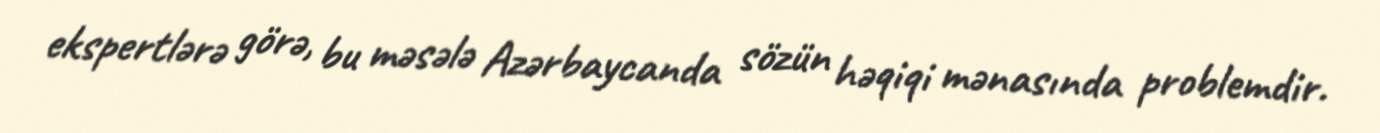
ekspertlərə görə, bu məsələ Azərbaycanda sözün həqiqi mənasında problemdir.